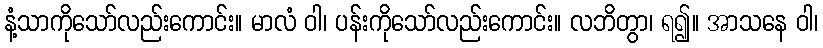
နံ့သာကိုသော်လည်းကောင်း။ မာလံ ဝါ၊ ပန်းကိုသော်လည်းကောင်း။ လဘိတွာ၊ ရ၍။ အာသနေ ဝါ၊